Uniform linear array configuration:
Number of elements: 48
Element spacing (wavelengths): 0.75
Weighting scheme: kaiser
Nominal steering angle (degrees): -45
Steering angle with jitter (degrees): -46.306
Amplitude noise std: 0.05
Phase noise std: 0.05

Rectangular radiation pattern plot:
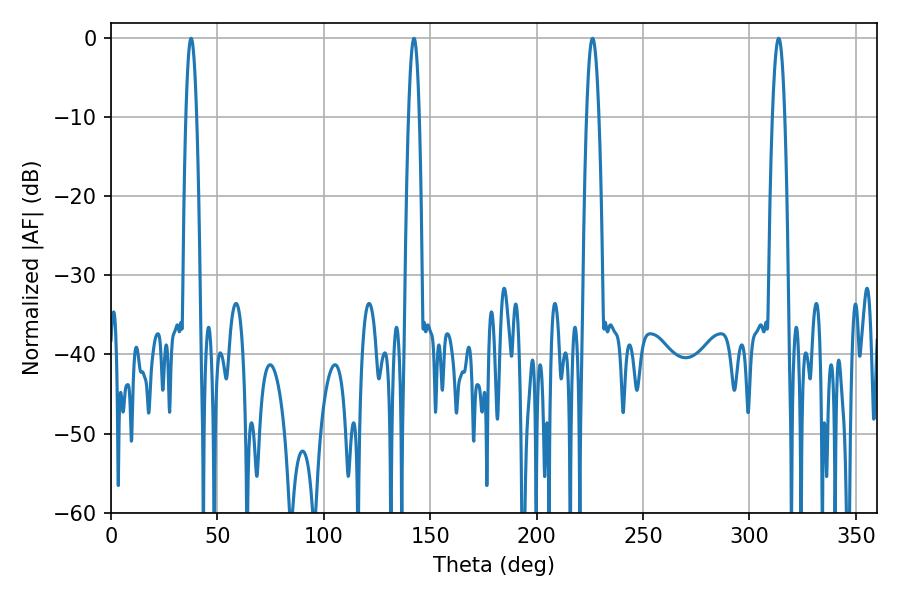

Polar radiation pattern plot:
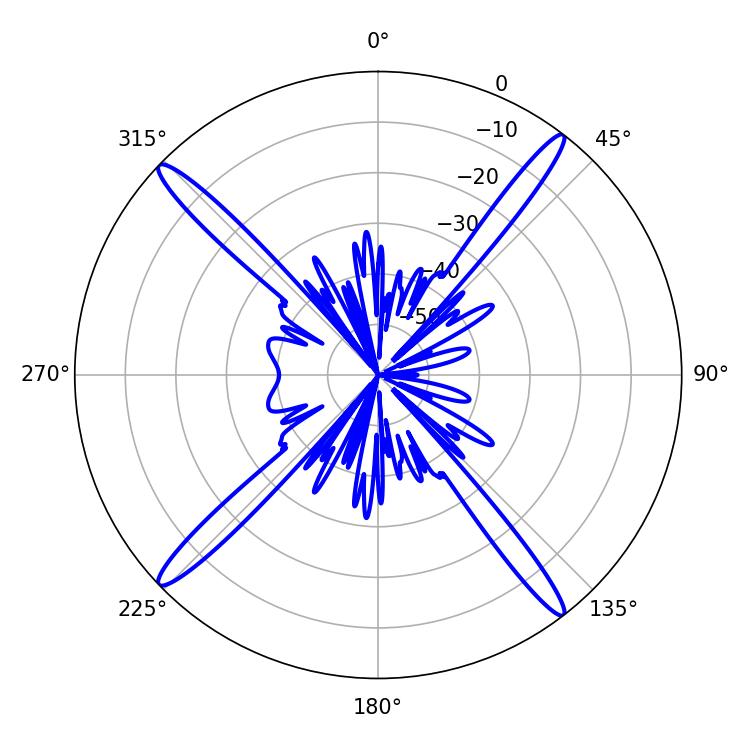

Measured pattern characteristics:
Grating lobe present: TRUE
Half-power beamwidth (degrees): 3.24
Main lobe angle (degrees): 226.26